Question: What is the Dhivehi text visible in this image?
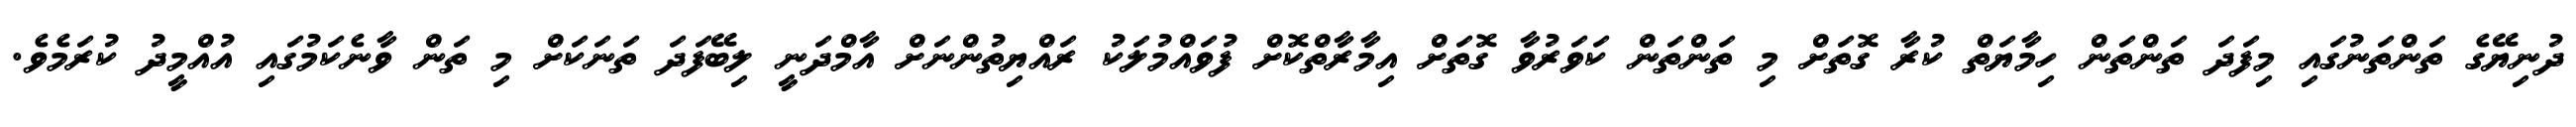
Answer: ދުނިޔޭގެ ތަންތަނުގައި މިފަދަ ތަންތަން ހިމާޔަތް ކުރާ ގޮތަށް މި ތަންތަން ކަވަރުވާ ގޮތަށް އިމާރާތްކޮށް ފުވައްމުލަކު ރައްޔިތުންނަށް އާމްދަނީ ލިބޭފަދަ ތަނަކަށް މި ތަން ވާނެކަމުގައި އުއްމީދު ކުރަމެވެ.